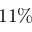
1 1 \%